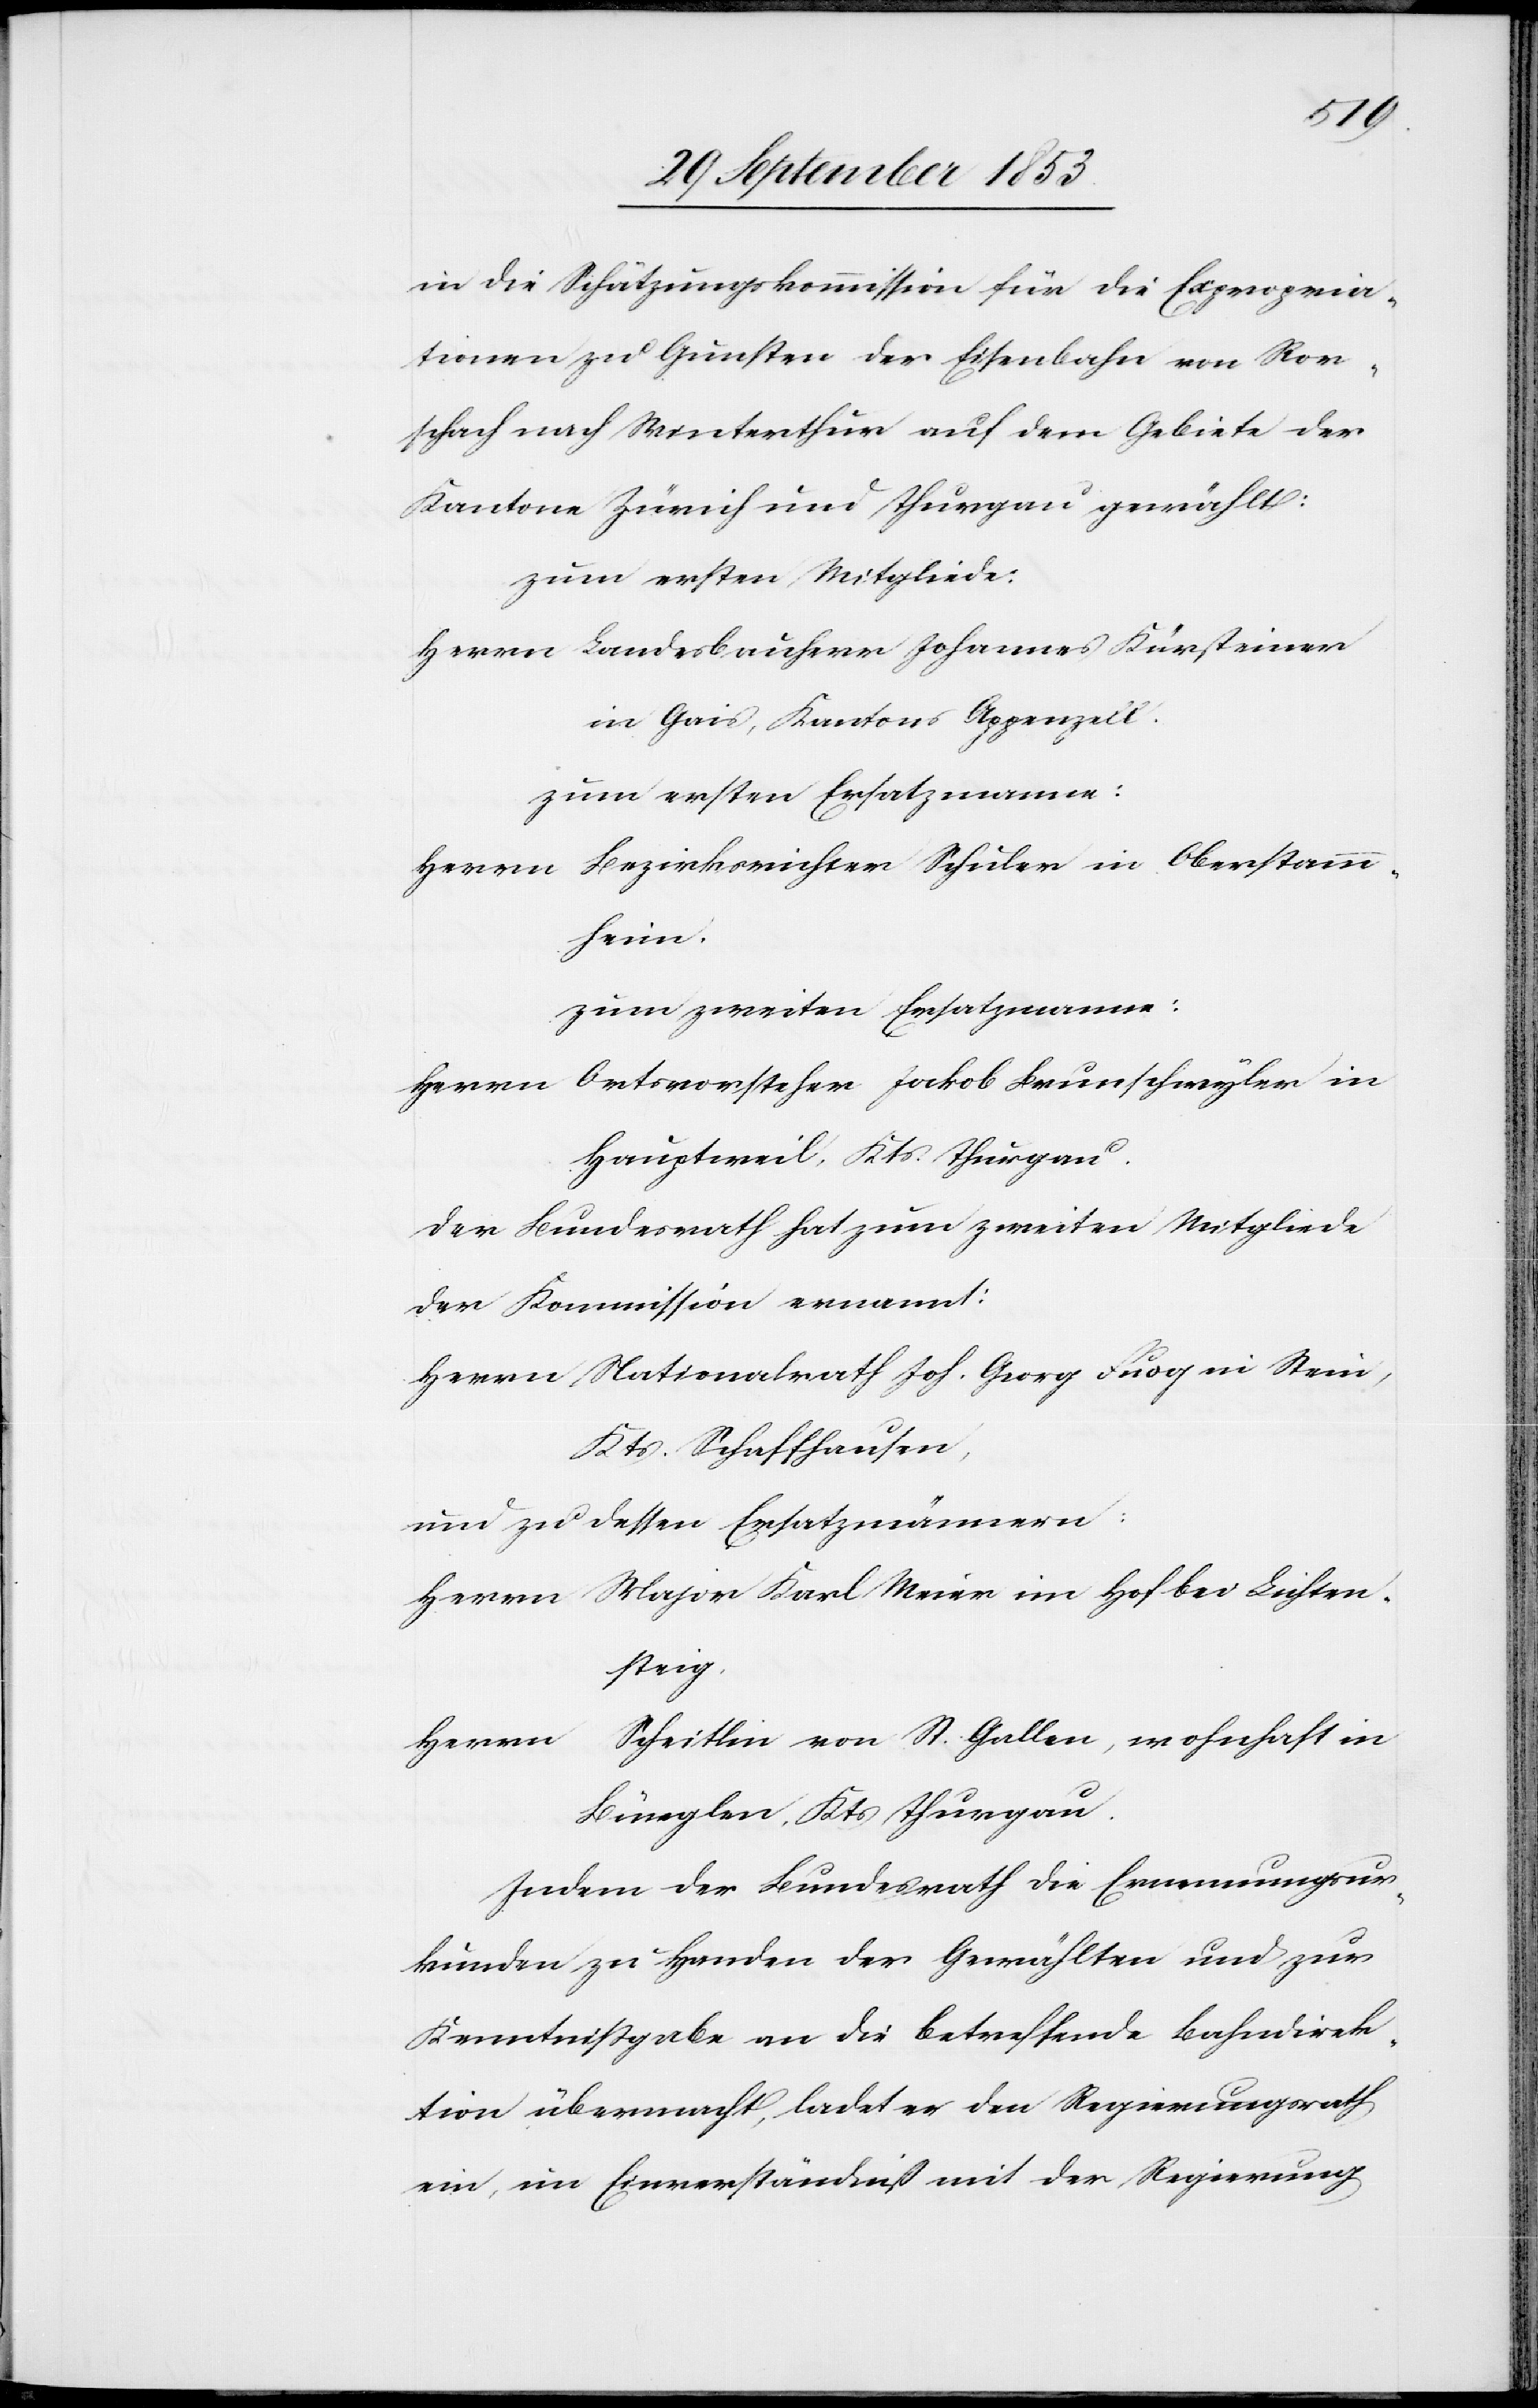
in die Schätzungskommission für die Expropria¬
tionen zu Gunsten der Eisenbahn von Ror¬
schach nach Winterthur auf dem Gebiete der
Kantone Zürich und Thurgau gewählt:
zum ersten Mitgliede:
Herrn Landesbauherr Johannes Kürsteiner
In Gais, Kantons Appenzell.
zum ersten Ersatzmanne:
Herrn Bezirksrichter Schuler in Oberstamm¬
heim.
zum zweiten Ersatzmanne:
Herrn Ortsvorsteher Jakob Brunschwyler in
Hauptweil, Kts. Thurgau.
Der Bundesrath hat zum zweiten Mitgliede
der Kommission ernannt:
Herrn Nationalrath Joh. Georg Fuog in Stein,
Kts. Schaffhausen,
und zu dessen Ersatzmännern:
Herrn Major Karl Meier in Hof bei Lichten¬
steig.
Herrn Scheitlin von St. Gallen, wohnhaft in
Bürglen, Kts. Thurgau.
Indem der Bundesrath die Ernennungsur¬
kunden zu Handen der Gewählten und zur
Kenntnißgabe an die Betreffende Bahndirek¬
tion übermacht, ladet er den Regierungsrath
ein, im Einverständniß mit der Regierung